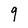
Character: 9